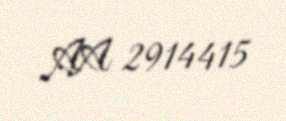
AA 2914415